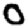
Digit: 0